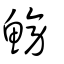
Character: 鰟